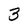
Character: 3